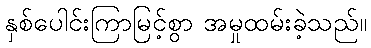
နှစ်ပေါင်းကြာမြင့်စွာ အမှုထမ်းခဲ့သည်။